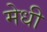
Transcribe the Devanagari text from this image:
मेधी